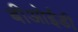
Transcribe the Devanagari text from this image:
बीओईडी